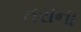
તરાના